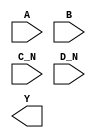
module sky130_fd_sc_lp__nor4bb (
    //# {{data|Data Signals}}
    input  A  ,
    input  B  ,
    input  C_N,
    input  D_N,
    output Y
);

    // Voltage supply signals
    supply1 VPWR;
    supply0 VGND;
    supply1 VPB ;
    supply0 VNB ;

endmodule